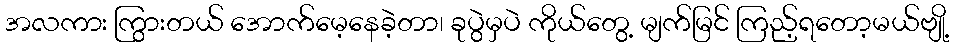
အလကား ကြွားတယ် အောက်မေ့နေခဲ့တာ၊ ခုပွဲမှပဲ ကိုယ်တွေ့ မျက်မြင် ကြည့်ရတော့မယ်ဗျို့